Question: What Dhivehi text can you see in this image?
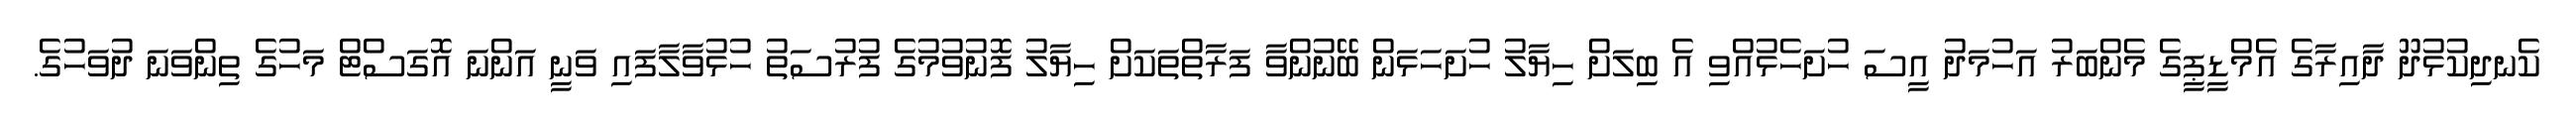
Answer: ކެނދިކުޅުދޫ ދާއިރާގެ އެމްޑީޕީގެ މެންބަރު އަހުމަދު އީސަ ހުށަހެޅުއްވި އެ ބިލަށް ހިޔާލު ހުށަހަޅަން ބޭނުންވާ ފަރާތްތަކަށް ހިޔާލު ފޮނުވުމުގެ ފުރުސަތު ހުޅުވާލާފައި ވަނީ އަންނަ އޮގަސްޓް މަހުގެ ތިންވަނަ ދުވަހުގެ.